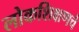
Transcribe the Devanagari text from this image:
लोकशिक्षणचे